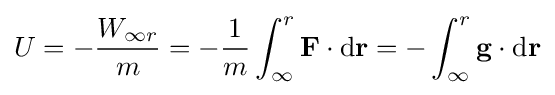
U=-{\frac {W_{\infty r}}{m}}=-{\frac {1}{m}}\int _{\infty }^{r}\mathbf {F} \cdot \mathrm {d} \mathbf {r} =-\int _{\infty }^{r}\mathbf {g} \cdot \mathrm {d} \mathbf {r} \,\!